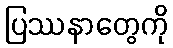
ပြဿနာတွေကို